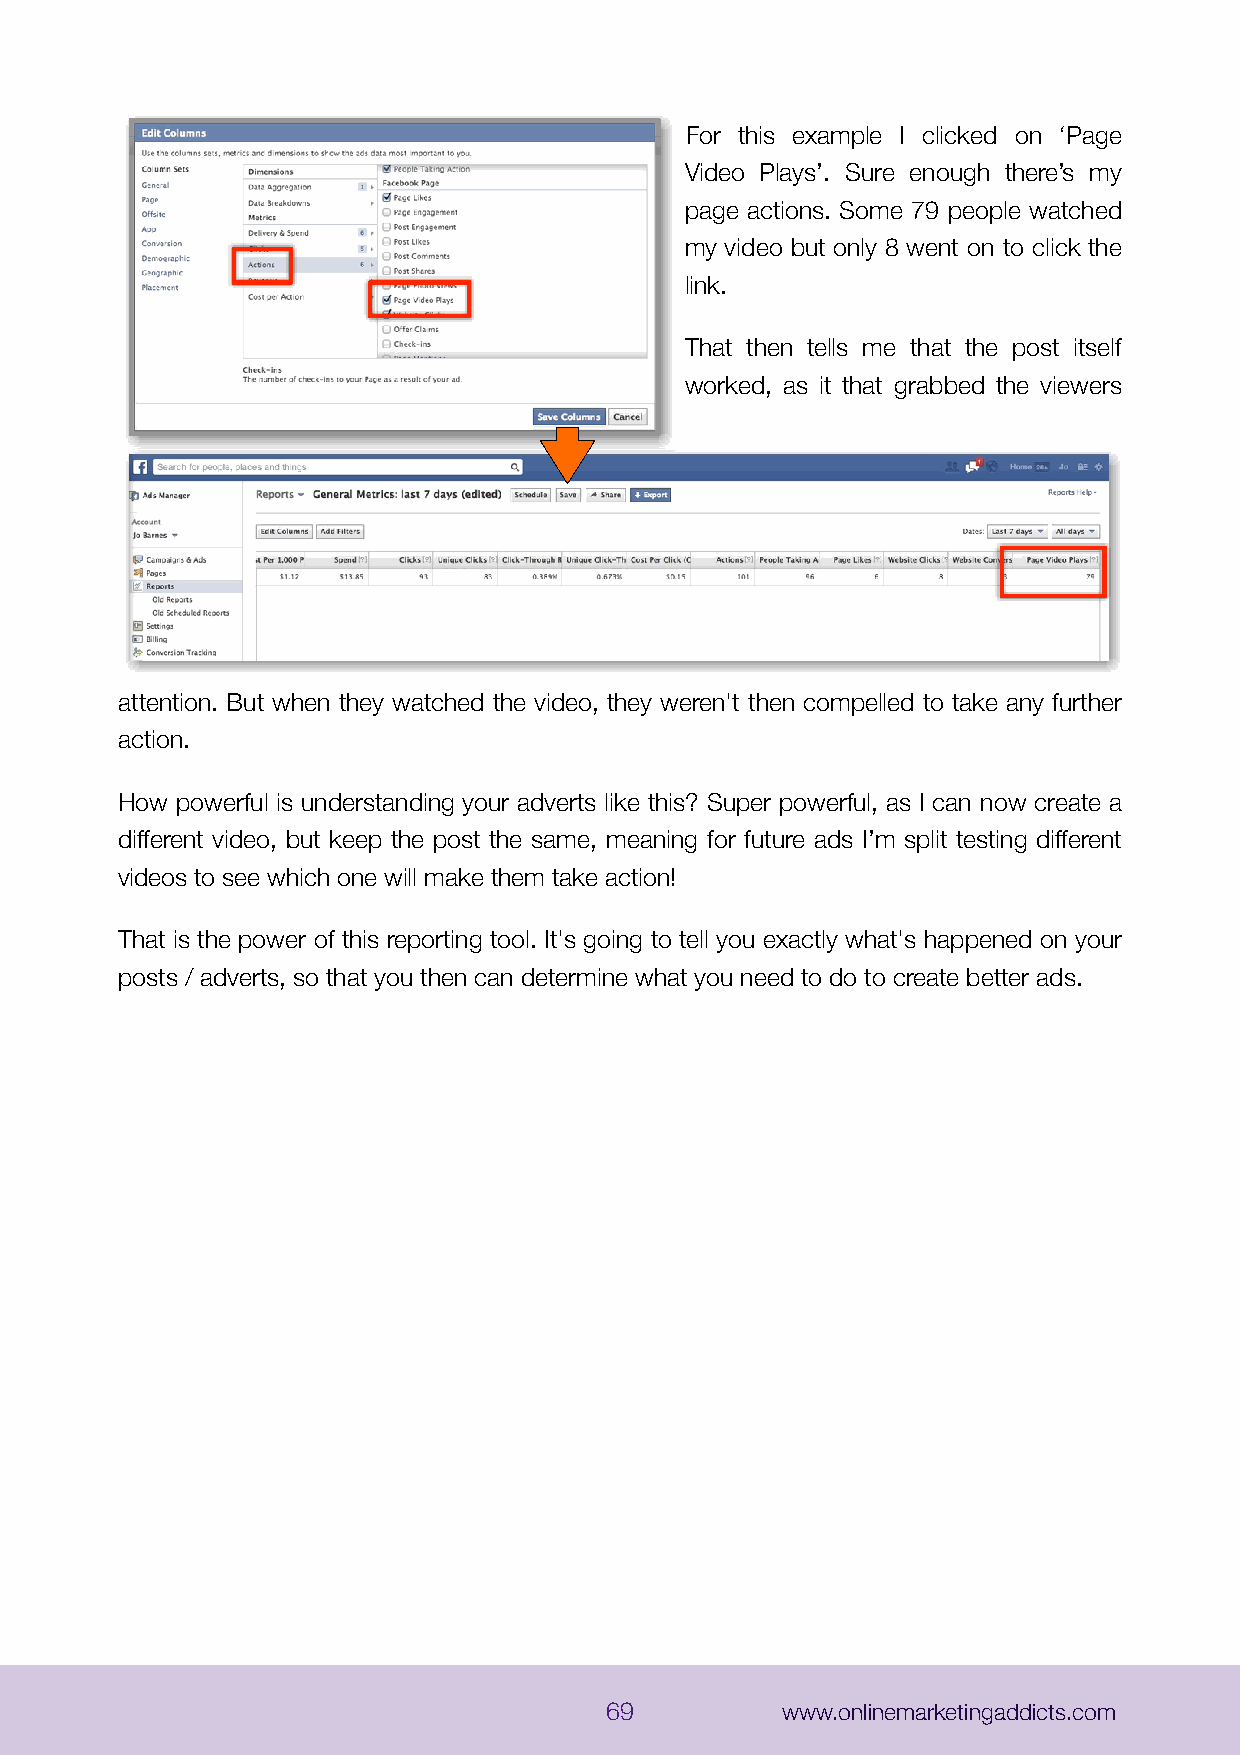
For this example I clicked on ‘Page
 Video Plays’. Sure enough there’s my
 page actions. Some 79 people watched
 my video but only 8 went on to click the
 link.
 That then tells me that the post itself
 worked, as it that grabbed the viewers
 attention. But when they watched the video, they weren't then compelled to take any further
 action.
 How powerful is understanding your adverts like this? Super powerful, as I can now create a
 different video, but keep the post the same, meaning for future ads I’m split testing different
 videos to see which one will make them take action!
 That is the power of this reporting tool. It's going to tell you exactly what's happened on your
 posts / adverts, so that you then can determine what you need to do to create better ads.
 69          www.onlinemarketingaddicts.com